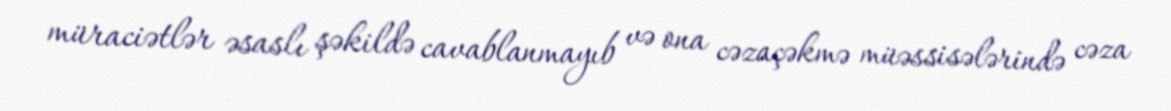
müraciətlər əsaslı şəkildə cavablanmayıb və ona cəzaçəkmə müəssisələrində cəza